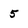
Character: 5